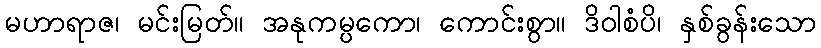
မဟာရာဇ၊ မင်းမြတ်။ အနုကမ္ပကော၊ ကောင်းစွာ။ ဒိဝါစံပိ၊ နှစ်ခွန်းသော